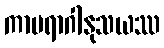
ကာမရာဂါနုသယဿ